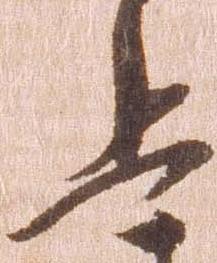
兵